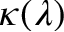
\kappa ( \lambda )